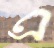
এ